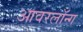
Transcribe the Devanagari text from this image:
आवरलॉन्ग